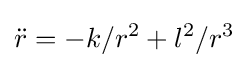
{\ddot {r}}=-k/r^{2}+l^{2}/r^{3}